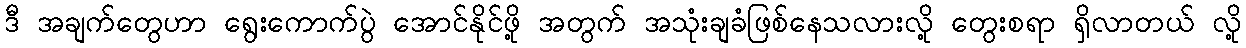
ဒီ အချက်တွေဟာ ရွေးကောက်ပွဲ အောင်နိုင်ဖို့ အတွက် အသုံးချခံဖြစ်နေသလားလို့ တွေးစရာ ရှိလာတယ် လို့